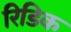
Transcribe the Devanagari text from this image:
रिडिक